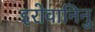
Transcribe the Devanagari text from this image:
इरोवानिनु